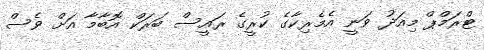
ޓްރަމްޕް މިއަދު ވަނީ އެމެރިކާގެ ކުރީގެ ރައީސް ބަރަކް އޮބާމާ އަށް ވެސް